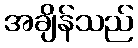
အချိန်သည်